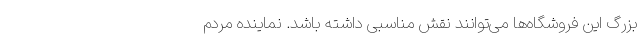
بزرگ این فروشگاه‌ها می‌توانند نقش مناسبی داشته باشد. نماینده مردم